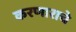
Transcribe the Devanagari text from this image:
करणाराचे